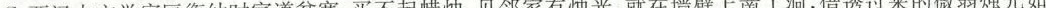
C.西汉大文学家匡衡幼时家道贫寒，买不起蜡烛，见邻家有烛光，就在墙壁上凿了洞，借透过来的微弱烛光如